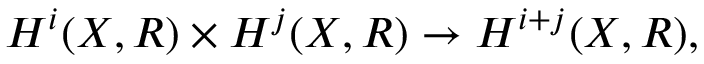
H ^ { i } ( X , R ) \times H ^ { j } ( X , R ) \to H ^ { i + j } ( X , R ) ,